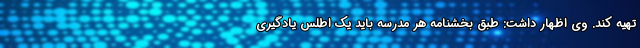
تهیه کند. وی اظهار داشت:‌ طبق بخشنامه هر مدرسه باید یک اطلس یادگیری